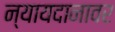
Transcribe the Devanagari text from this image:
न्यायदानावर